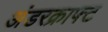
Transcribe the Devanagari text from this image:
अंडरक्राफ्ट